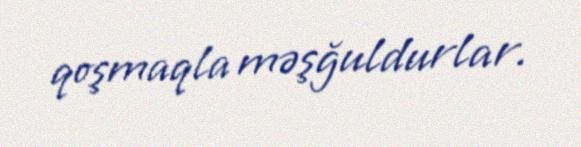
qoşmaqla məşğuldurlar.